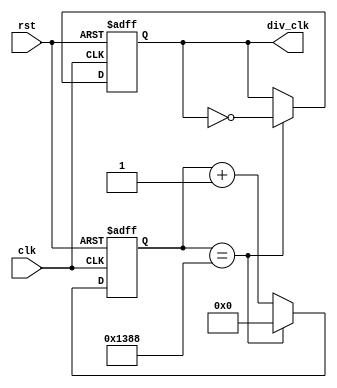
`define TimeExpire 32'd5000

module clk_div(clk,rst,div_clk);
input clk,rst;
output div_clk;

reg div_clk;
reg [31:0]count;

always @(posedge clk or negedge rst)
    begin 
        if(!rst)
        begin 
            count <= 32'd0;
            div_clk <= 1'b0;
        end
        else
        begin 
            if(count == `TimeExpire)
            begin 
                count <= 32'd0;
                div_clk <= ~div_clk;
            end
            else
            begin
                count <= count + 32'd1;
            end
        end
    end

endmodule

module dot_control (clk_div,rst,row,col);
    input clk_div,rst;
    output reg [7:0] row,col;
    reg [2:0] state;
    always @(posedge clk_div or negedge rst) begin
        if(rst == 0)
        begin
            row <= 8'd0;
            col <= 8'd0;
        end
        else
        begin
            case (state)
                0:begin row <= 8'b11111110; col <= 8'b00011000; end
                1:begin row <= 8'b11111101; col <= 8'b00100100; end
                2:begin row <= 8'b11111011; col <= 8'b01000010; end
                3:begin row <= 8'b11110111; col <= 8'b11000011; end
                4:begin row <= 8'b11101111; col <= 8'b01000010; end
                5:begin row <= 8'b11011111; col <= 8'b01000010; end
                6:begin row <= 8'b10111111; col <= 8'b01000010; end
                7:begin row <= 8'b01111111; col <= 8'b01111110; end
            endcase
            state <= state + 1'b1;
        end
    end
endmodule

module test (rst,clk,row,col);
input rst ,clk;
output [7:0] row,col;
wire clk_div;
clk_div u_clk_div (.clk(clk),.rst(rst),.div_clk(clk_div));
dot_control u_dot_control (.clk_div(clk_div),.rst(rst),.row(row),.col(col));
    
endmodule